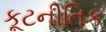
કૂટનીતિક